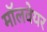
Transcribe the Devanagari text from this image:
मॉलवेयर